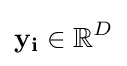
\mathbf {y_{i}} \in \mathbb {R} ^{D}